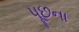
પૂછના